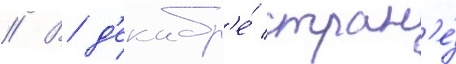
// В д'екабр'е́ стран'е́